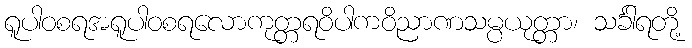
ရူပါဝစရအရူပါဝစရလောကုတ္တရဝိပါကဝိညာဏသမ္ပယုတ္တာ၊ သင်္ခါရတို့